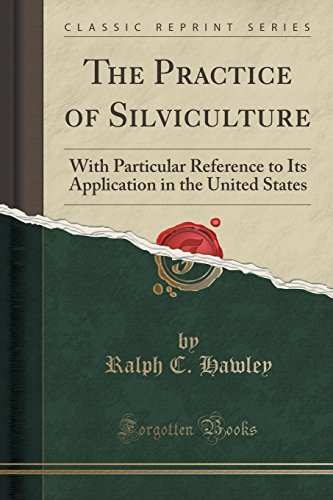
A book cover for The Practice of Silviculture: With Particular Reference to Its Application in the United States (Classic Reprint); Ralph C. Hawley; Business & Money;